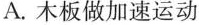
A.木板做加速运动